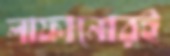
লাফানোরই